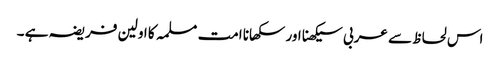
اس لحاظ سے عربی سیکھنا اور سکھانا امت مسلمہ کا اولین فریضہ ہے ۔